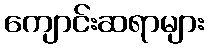
ကျောင်းဆရာများ